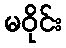
မဝိုင်း